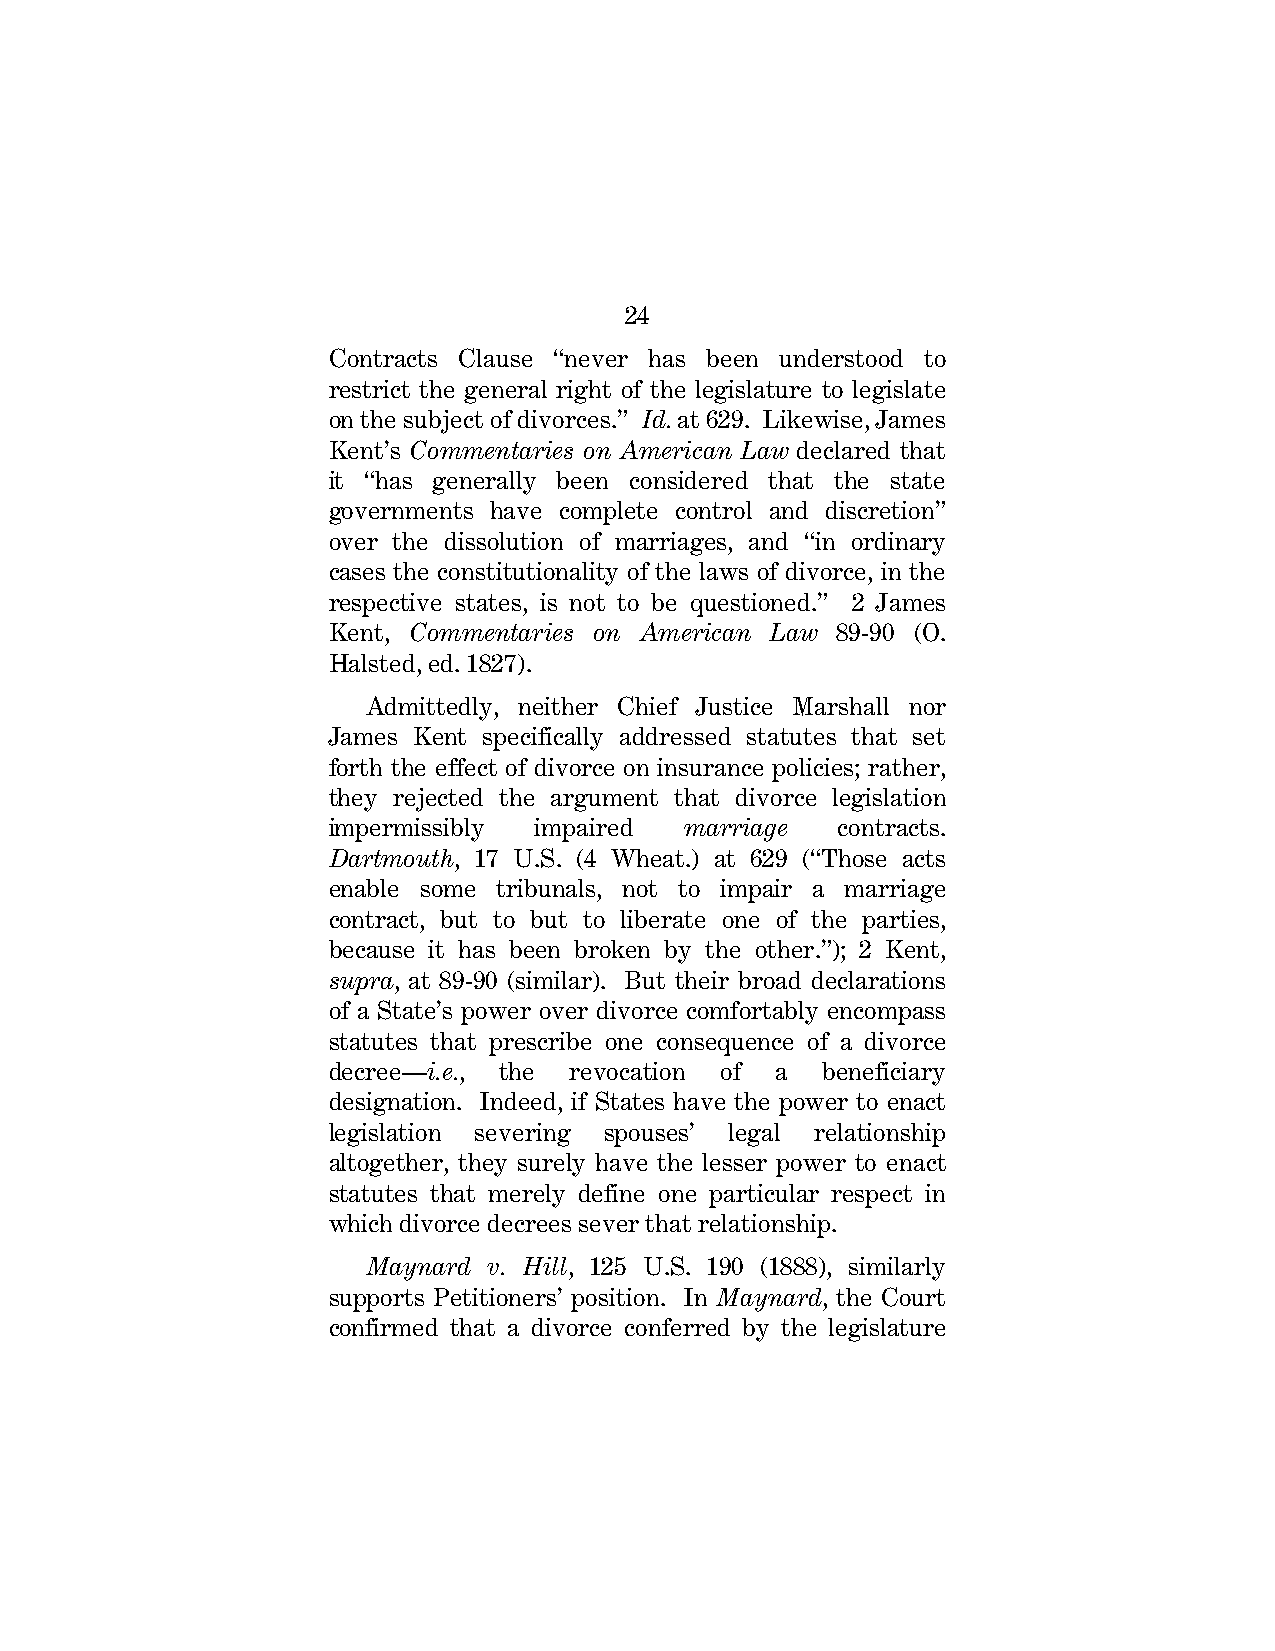
24
 Contracts Clause “never has been understood to
 restrict the general right of the legislature to legislate
 on the subject of divorces.” Id. at 629. Likewise, James
 Kent’s Commentaries on American Law declared that
 it “has generally been considered that the state
 governments have complete control and discretion”
 over the dissolution of marriages, and “in ordinary
 cases the constitutionality of the laws of divorce, in the
 respective states, is not to be questioned.” 2 James
 Kent, Commentaries on American Law 89-90 (O.
 Halsted, ed. 1827).
 Admittedly, neither Chief Justice Marshall nor
 James Kent specifically addressed statutes that set
 forth the effect of divorce on insurance policies; rather,
 they rejected the argument that divorce legislation
 impermissibly impaired marriage  contracts.
 Dartmouth, 17 U.S. (4 Wheat.) at 629 (“Those acts
 enable some tribunals, not to impair a marriage
 contract, but to but to liberate one of the parties,
 because it has been broken by the other.”); 2 Kent,
 supra, at 89-90 (similar). But their broad declarations
 of a State’s power over divorce comfortably encompass
 statutes that prescribe one consequence of a divorce
 decree—i.e., the revocation of a beneficiary
 designation. Indeed, if States have the power to enact
 legislation severing spouses’ legal relationship
 altogether, they surely have the lesser power to enact
 statutes that merely define one particular respect in
 which divorce decrees sever that relationship.
 Maynard v. Hill, 125 U.S. 190 (1888), similarly
 supports Petitioners’ position. In Maynard, the Court
 confirmed that a divorce conferred by the legislature